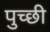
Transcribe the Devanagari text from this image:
पुच्छी